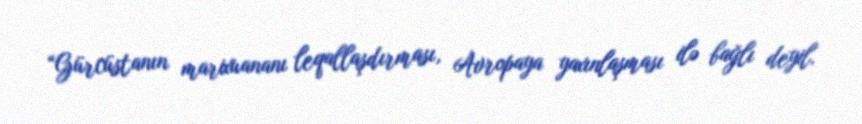
“Gürcüstanın marixuananı leqallaşdırması, Avropaya yaxınlaşması ilə bağlı deyil.